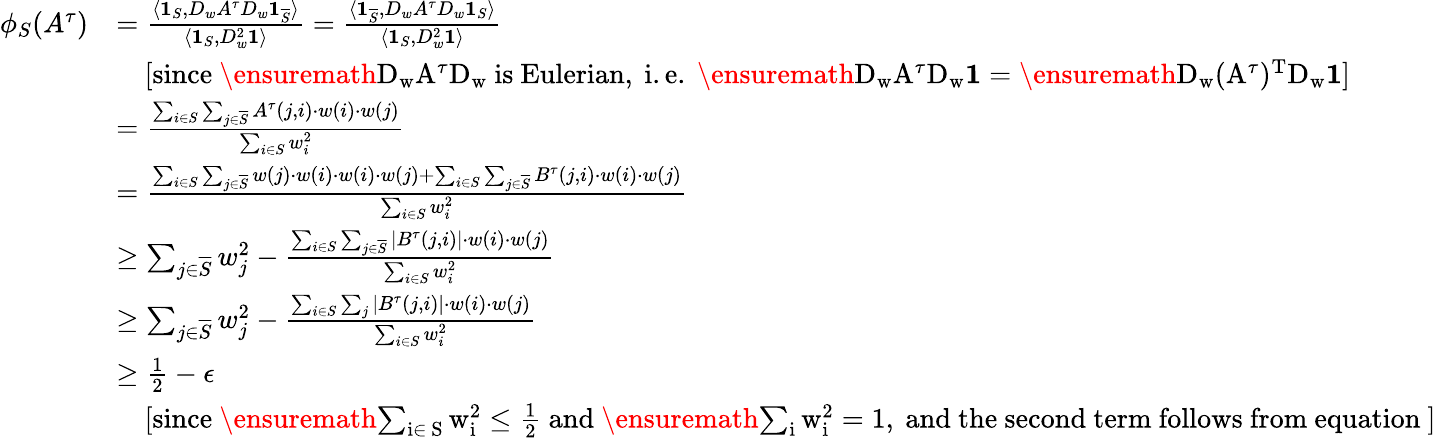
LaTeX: \begin{array}{rl}{\phi_{S}(A^{\tau})}&{=\frac{\langle\mathbf{1}_{S},D_{w}A^{\tau}D_{w}\mathbf{1}_{\overline{{S}}}\rangle}{\langle\mathbf{1}_{S},D_{w}^{2}\mathbf{1}\rangle}=\frac{\langle\mathbf{1}_{\overline{{S}}},D_{w}A^{\tau}D_{w}\mathbf{1}_{S}\rangle}{\langle\mathbf{1}_{S},D_{w}^{2}\mathbf{1}\rangle}}\\ &{\ \ \ \ \mathrm{[since~\ensuremath{D_{w}A^{\tau}D_{w}}~is~Eulerian,~i.e.~\ensuremath{D_{w}A^{\tau}D_{w}\mathbf{1}=\ensuremath{D_{w}(A^{\tau})^{T}D_{w}}\mathbf{1}}]}}\\ &{=\frac{\sum_{i\in S}\sum_{j\in\overline{{S}}}A^{\tau}(j,i)\cdot w(i)\cdot w(j)}{\sum_{i\in S}w_{i}^{2}}}\\ &{=\frac{\sum_{i\in S}\sum_{j\in\overline{{S}}}w(j)\cdot w(i)\cdot w(i)\cdot w(j)+\sum_{i\in S}\sum_{j\in\overline{{S}}}B^{\tau}(j,i)\cdot w(i)\cdot w(j)}{\sum_{i\in S}w_{i}^{2}}}\\ &{\geq\sum_{j\in\overline{{S}}}w_{j}^{2}-\frac{\sum_{i\in S}\sum_{j\in\overline{{S}}}|B^{\tau}(j,i)|\cdot w(i)\cdot w(j)}{\sum_{i\in S}w_{i}^{2}}}\\ &{\geq\sum_{j\in\overline{{S}}}w_{j}^{2}-\frac{\sum_{i\in S}\sum_{j}|B^{\tau}(j,i)|\cdot w(i)\cdot w(j)}{\sum_{i\in S}w_{i}^{2}}}\\ &{\geq\frac{1}{2}-\epsilon}\\ &{\ \ \ \ \mathrm{[since~\ensuremath{\sum_{i\in~S}w_{i}^{2}\leq\frac{1}{2}}~and~\ensuremath{\sum_{i}w_{i}^{2}=1},~and~the~second~term~follows~from~equation~]}}\end{array}